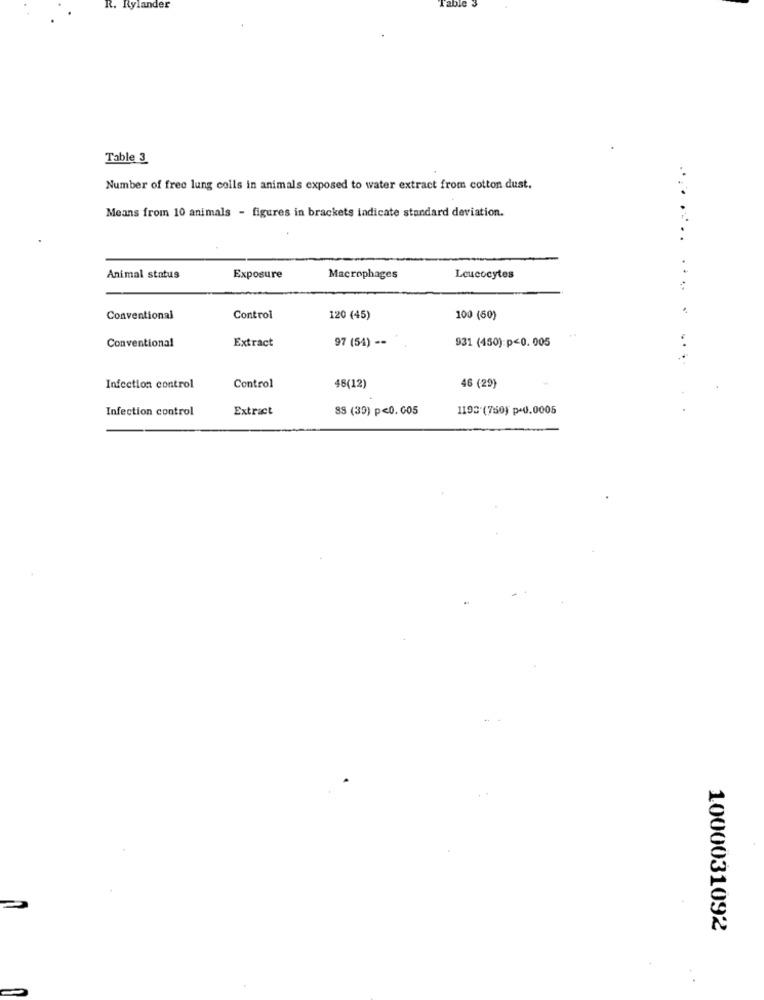
R. Rylander
Table 3
...
Number of free lung colls in animals exposed to water extract from cotton dust.
Means from 10 animals - figures in brackets indicate standard deviation.
Animal status
Exposure
Macrophages
Leucocytes
..
Conventional
Control
120 (45)
100 (50)
931 (450):p<0. 005
Conventional
Extract
97 (54) --
46 (29)
Infection control
Control
48(12)
Infection control
Extract
SS (39) p<0.005
1192.(750) p-0.0005
1000031092